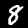
Label: 8